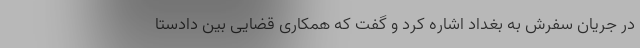
در جریان سفرش به بغداد اشاره کرد و گفت که همکاری قضایی بین دادستا